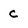
Character: C